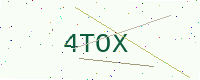
Text: 4TOX